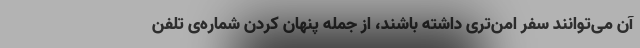
آن می‌توانند سفر امن‌تری داشته باشند، از جمله پنهان کردن شماره‌ی تلفن